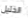
الخليل